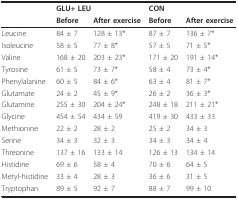
<table><thead><tr><td></td><td colspan="2"><b>GLU+ LEU</b></td><td colspan="2"><b>CON</b></td></tr><tr><td></td><td><b>Before</b></td><td><b>After exercise</b></td><td><b>Before</b></td><td><b>After exercise</b></td></tr></thead><tbody><tr><td>Leucine</td><td>84 ± 7</td><td>128 ± 13*</td><td>87 ± 7</td><td>136 ± 7*</td></tr><tr><td>Isoleucine</td><td>58 ± 5</td><td>77 ± 8*</td><td>57 ± 5</td><td>71 ± 5*</td></tr><tr><td>Valine</td><td>168 ± 20</td><td>203 ± 23*</td><td>171 ± 20</td><td>191 ± 14*</td></tr><tr><td>Tyrosine</td><td>61 ± 5</td><td>73 ± 7*</td><td>58 ± 4</td><td>73 ± 4*</td></tr><tr><td>Phenylalanine</td><td>60 ± 5</td><td>84 ± 6*</td><td>63 ± 4</td><td>81 ± 7*</td></tr><tr><td>Glutamate</td><td>24 ± 2</td><td>45 ± 9*</td><td>26 ± 2</td><td>36 ± 3*</td></tr><tr><td>Glutamine</td><td>255 ± 30</td><td>204 ± 24*</td><td>248 ± 18</td><td>211 ± 21*</td></tr><tr><td>Glycine</td><td>454 ± 54</td><td>434 ± 59</td><td>419 ± 30</td><td>433 ± 33</td></tr><tr><td>Methionine</td><td>22 ± 2</td><td>28 ± 2</td><td>25 ± 2</td><td>34 ± 3</td></tr><tr><td>Serine</td><td>34 ± 3</td><td>32 ± 3</td><td>34 ± 3</td><td>34 ± 4</td></tr><tr><td>Threonine</td><td>137 ± 16</td><td>133 ± 14</td><td>126 ± 13</td><td>134 ± 14</td></tr><tr><td>Histidine</td><td>69 ± 6</td><td>58 ± 4</td><td>70 ± 6</td><td>64 ± 5</td></tr><tr><td>Metyl-histidine</td><td>33 ± 4</td><td>28 ± 3</td><td>36 ± 6</td><td>31 ± 5</td></tr><tr><td>Tryptophan</td><td>89 ± 5</td><td>92 ± 7</td><td>88 ± 7</td><td>99 ± 10</td></tr></tbody></table>